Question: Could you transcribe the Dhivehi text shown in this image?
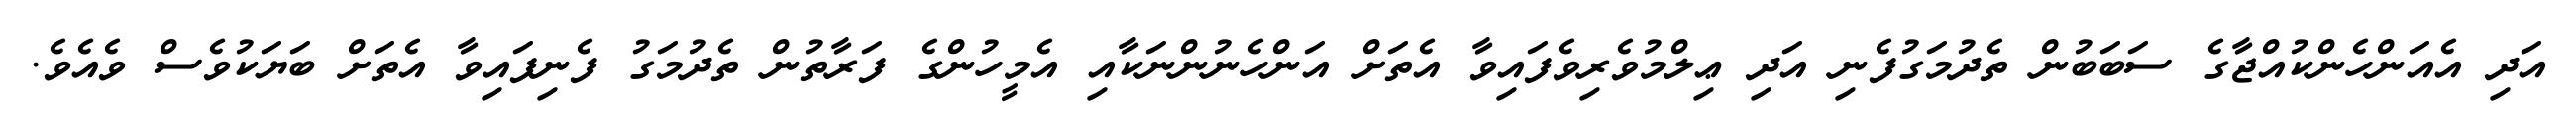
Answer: އަދި އެއަންހެންކުއްޖާގެ ސަބަބުން ތެދުމަގުފެނި އަދި ޢިލްމުވެރިވެފައިވާ އެތަށް އަންހެނުންނަކާއި އެމީހުންގެ ފަރާތުން ތެދުމަގު ފެނިފައިވާ އެތަށް ބަޔަކުވެސް ވެއެވެ.